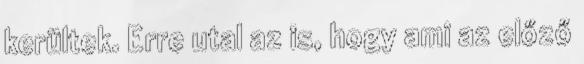
kerültek. Erre utal az is, hogy ami az előző